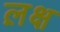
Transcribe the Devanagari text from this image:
ल़क्ष